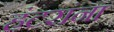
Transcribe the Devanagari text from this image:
हंटरांना